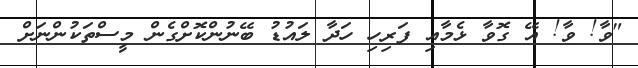
"ވާ! ވާ! އޭ ގޮވާ ޅެމާއި ފަރިހި ހަދާ ލައުޑު ބޭނުންކޮށްގެން މީސްތަކުންނަށް